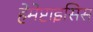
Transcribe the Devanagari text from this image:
हेमेप्टाइसिस